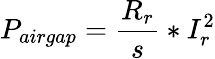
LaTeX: P_{airgap}={\frac{R_{r}}{s}}*I_{r}^{2}